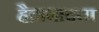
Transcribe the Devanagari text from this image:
हैद्राबादचा